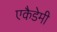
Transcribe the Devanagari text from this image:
एकैडेमी